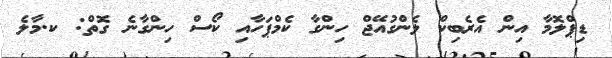
ޑިޕްލޮމާ އިން އެރެބިކް ލެންގުއޭޖް ހިންގާ ކެމްޕަހާއި ކޯސް ހިންގާނެ ގޮތް: ކ.މާލެ